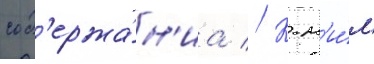
сод'ержа́н'иа // К н'и́м